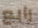
رابع